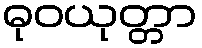
ဓုဝယုတ္တာ